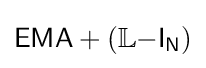
{\mathsf {EMA}}+(\mathbb {L} {\mathsf {-I}}_{\mathsf {N}})